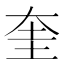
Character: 奎